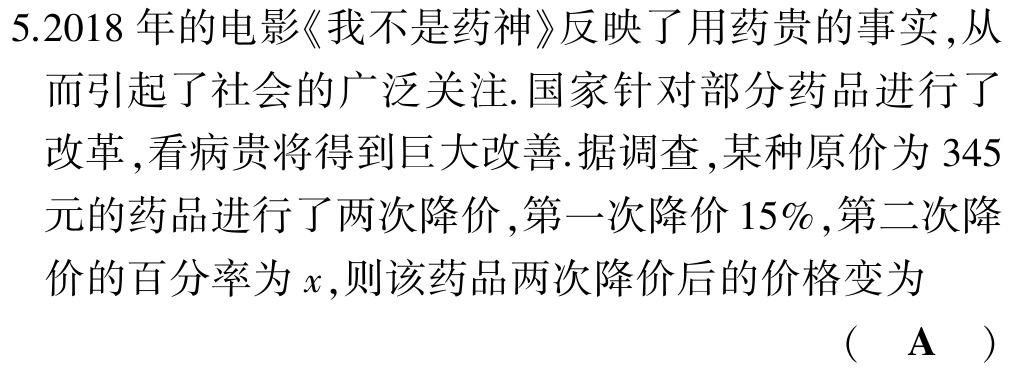
5.2018 年的电影《我不是药神》反映了用药贵的事实 ,从而引起了社会的广泛关注. 国家针对部分药品进行了改革 ,看病贵将得到巨大改善. 据调查 ,某种原价为 345元的药品进行了两次降价 ,第一次降价 15% ,第二次降价的百分率为\(x\),则该药品两次降价后的价格变为

( A )